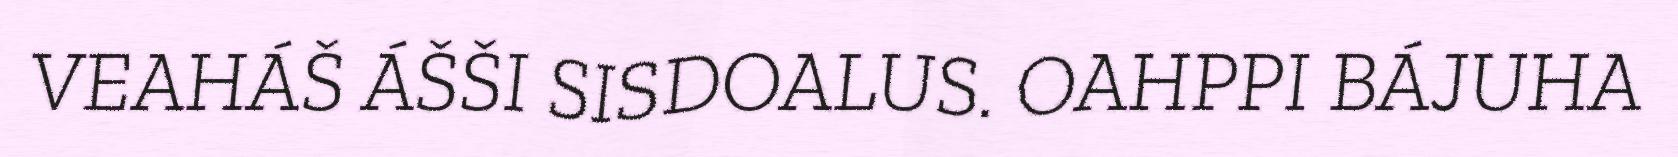
VEAHÁŠ ÁŠŠI SISDOALUS. OAHPPI BÁJUHA